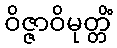
ဝိဇ္ဇာဝိမုတ္တိံ